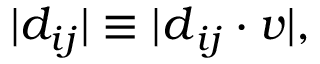
\begin{array} { r } { | d _ { i j } | \equiv | \boldsymbol { d } _ { i j } \cdot \boldsymbol { v } | , } \end{array}